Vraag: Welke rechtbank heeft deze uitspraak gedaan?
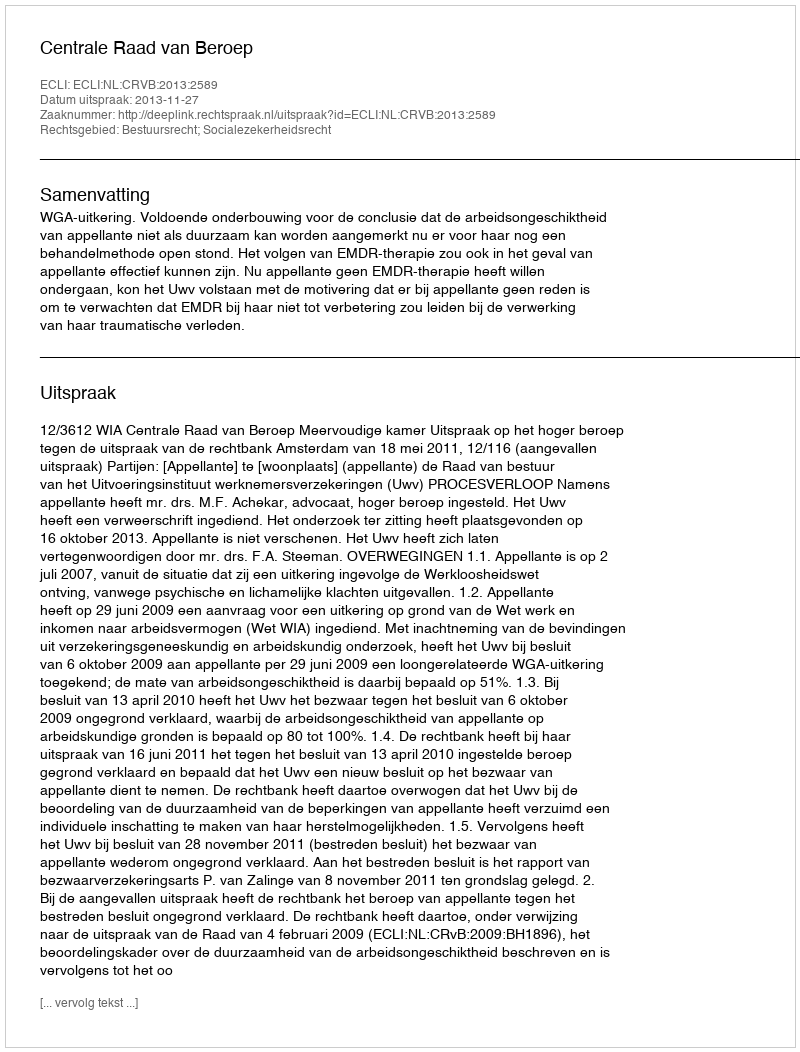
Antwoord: Centrale Raad van Beroep